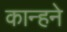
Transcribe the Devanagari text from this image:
कान्हने